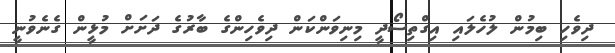
ދިވެހި ބިމުން ލުހެލައި އިގްތިސޯދީ މިނިވަންކަން ދިވެހިންގެ ބާރުގެ ދަށަށް މުޅީން ގެނެވުނީ